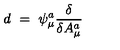
d \ = \ \psi _ { \mu } ^ { a } { \frac { \delta } { \delta A _ { \mu } ^ { a } } }